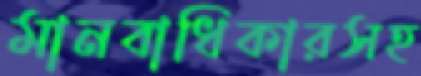
মানবাধিকারসহ